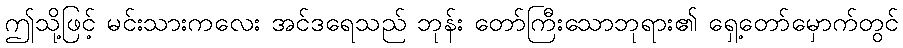
ဤသို့ဖြင့် မင်းသားကလေး အင်ဒရေသည် ဘုန်း တော်ကြီးသောဘုရား၏ ရှေ့တော်မှောက်တွင်